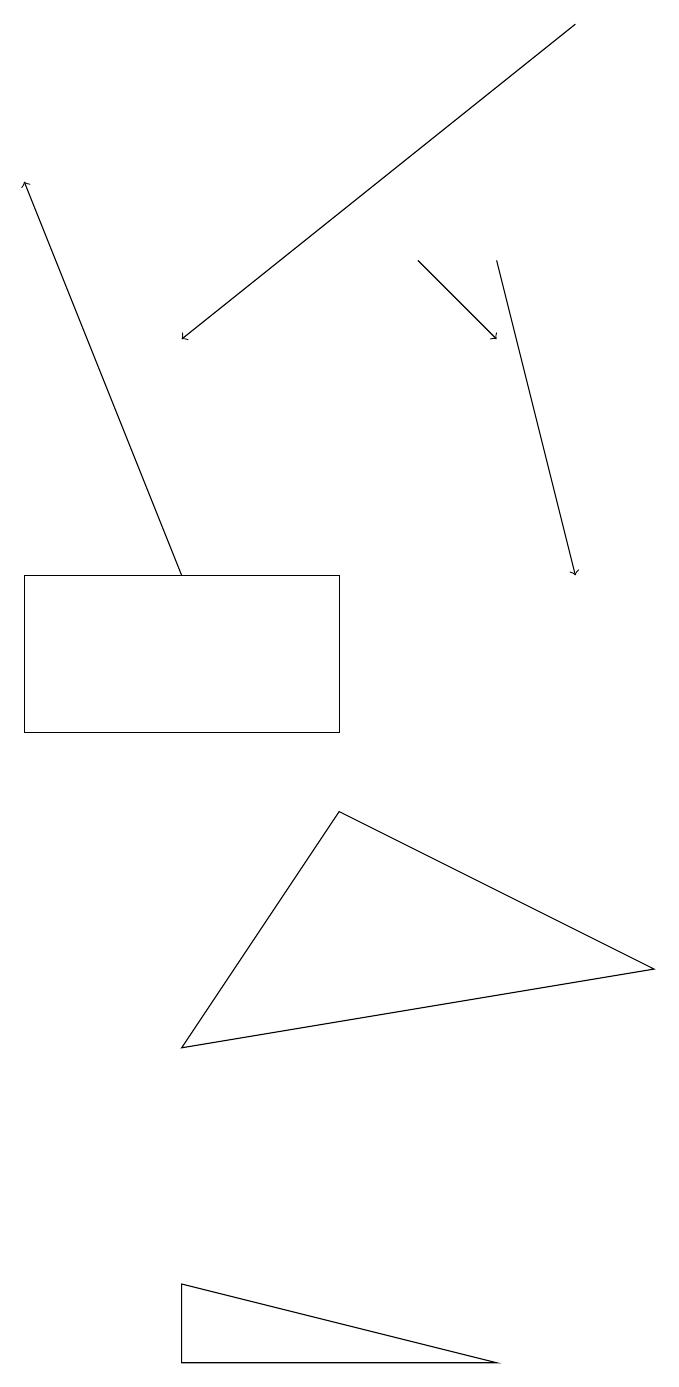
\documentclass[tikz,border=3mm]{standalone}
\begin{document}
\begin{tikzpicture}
\draw[->] (3,12) -- (1,17);
\draw (5,10) rectangle (1,12);
\draw[->] (8,19) -- (3,15);
\draw (9,7) -- (3,6) -- (5,9) -- cycle;
\draw[->] (7,16) -- (8,12);
\draw (3,3) -- (3,2) -- (7,2) -- cycle;
\draw[->] (6,16) -- (7,15);
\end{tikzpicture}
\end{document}